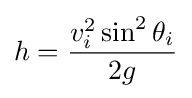
h={v_{i}^{2}\sin ^{2}\theta _{i} \over 2g}